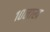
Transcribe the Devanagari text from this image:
१०लाख